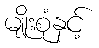
မျိုးစုံနှင့်